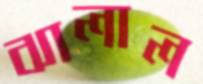
ঝালাল